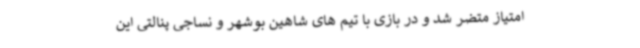
امتیاز متضر شد و در بازی با تیم های شاهین بوشهر و نساجی پنالتی این